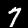
Label: 7